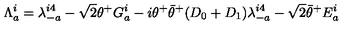
\Lambda _ { a } ^ { i } = \lambda _ { - a } ^ { i 4 } - \sqrt 2 \theta ^ { + } G _ { a } ^ { i } - i \theta ^ { + } { \bar { \theta } } ^ { + } ( D _ { 0 } + D _ { 1 } ) \lambda _ { - a } ^ { i 4 } - \sqrt 2 { \bar { \theta } } ^ { + } E _ { a } ^ { i }